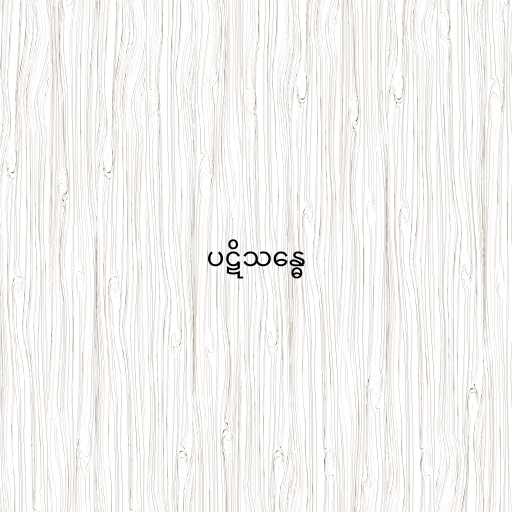
ပဋိသန္ဓေ